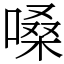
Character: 嗓